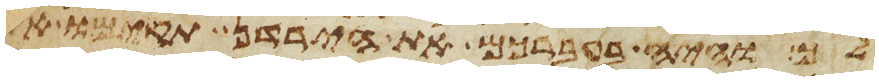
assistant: לך והיה בעברכם את הירדן תקימו את